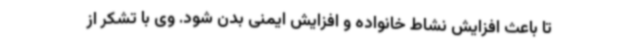
تا باعث افزایش نشاط خانواده‌ و افزایش ایمنی بدن شود. وی با تشکر از